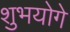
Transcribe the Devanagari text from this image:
शुभयोगे